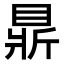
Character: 𥇴